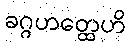
ခဂ္ဂဟတ္ထေဟိ